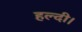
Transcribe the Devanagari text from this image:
हल्दी।